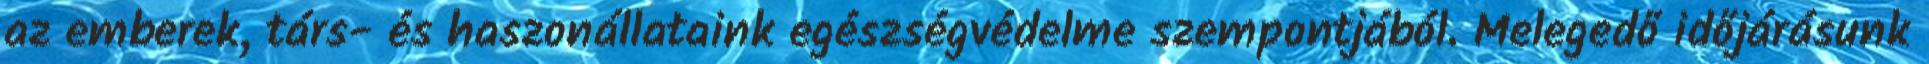
az emberek, társ- és haszonállataink egészségvédelme szempontjából. Melegedő időjárásunk